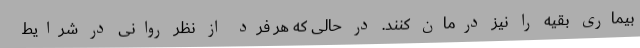
بیماری بقیه را نیز درمان کنند. در حالی که هر فرد از نظر روانی در شرایط